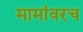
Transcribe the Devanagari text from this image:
मामांवरच